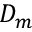
D _ { m }